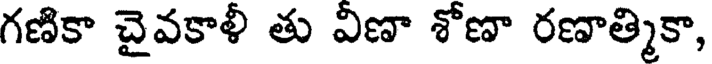
గణికా చైవకాళీ తు విణా శోణా రణాత్మికా,